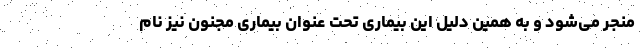
منجر می‌شود و به همین دلیل این بیماری تحت عنوان بیماری مجنون نیز نام